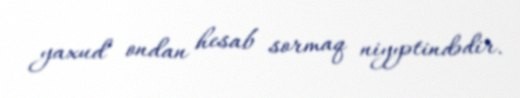
yaxud ondan hesab sormaq niyyətindədir.